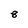
Character: 8